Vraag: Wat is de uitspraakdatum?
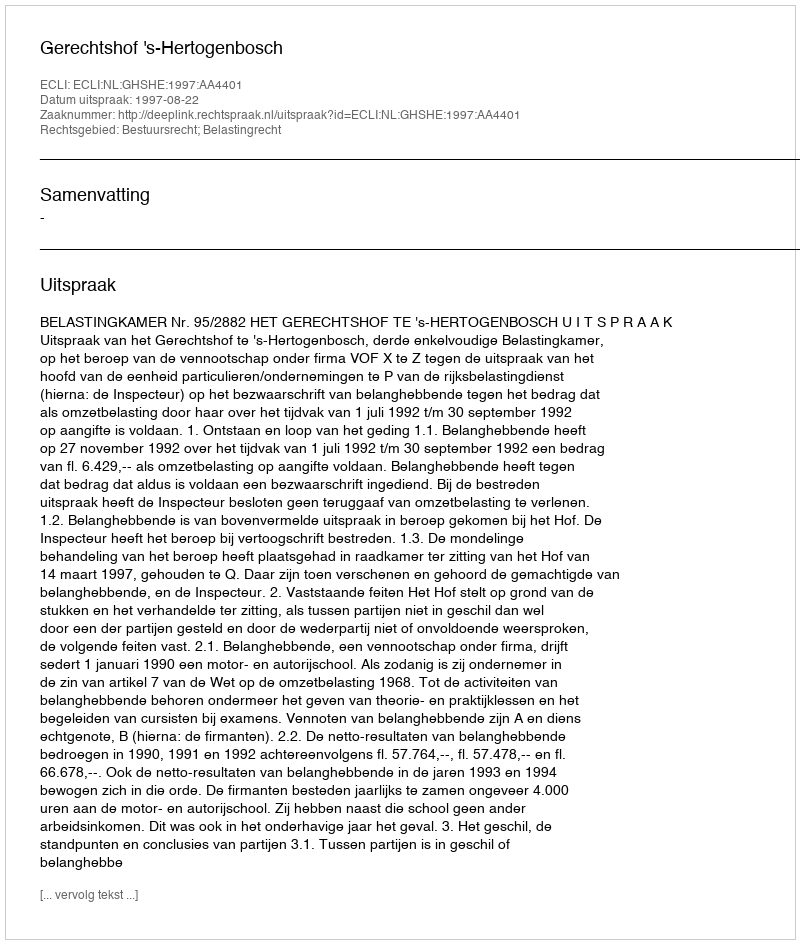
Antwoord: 1997-08-22